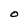
Character: O